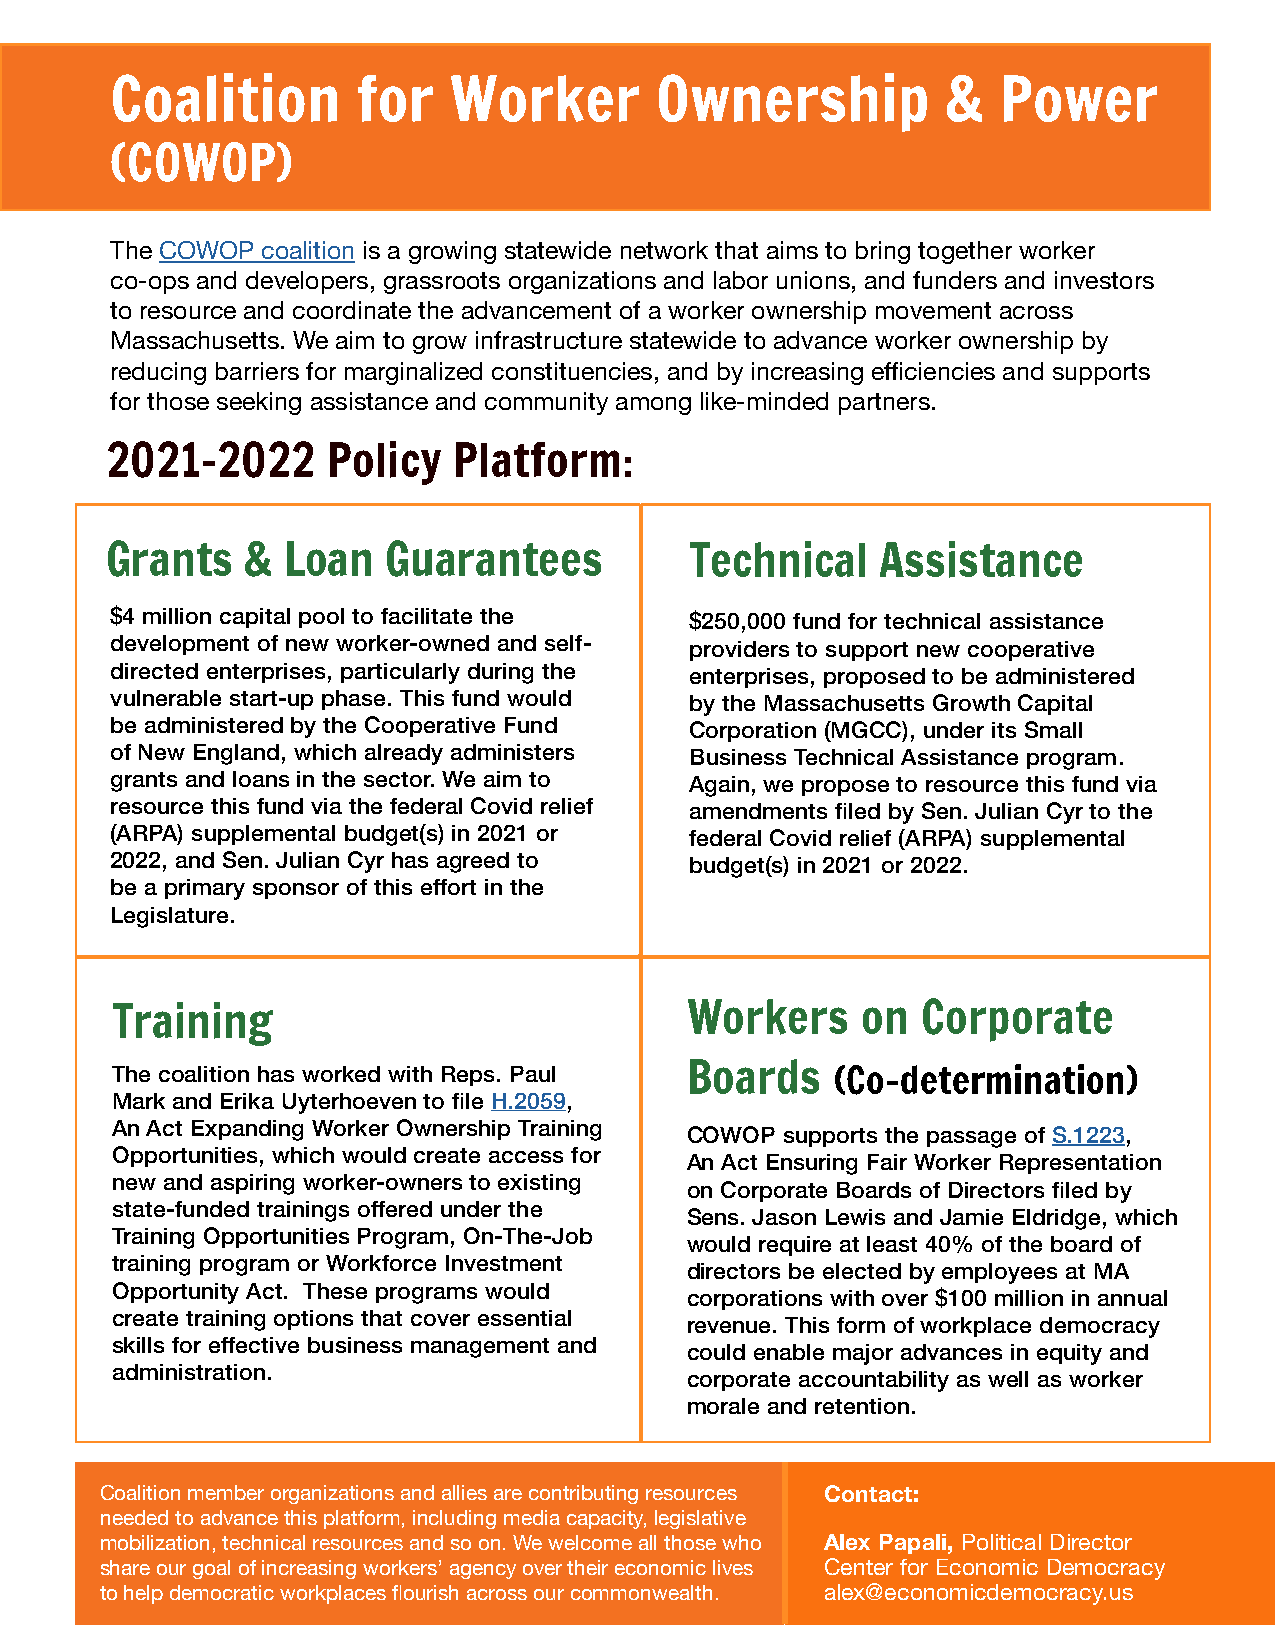
Coalition        for   Worker       Ownership           &  Power
 (COWOP)
 The COWOP coalition is a growing statewide network that aims to bring together worker
 co-ops and developers, grassroots organizations and labor unions, and funders and investors
 to resource and coordinate the advancement of a worker ownership movement across
 Massachusetts. We aim to grow infrastructure statewide to advance worker ownership by
 reducing barriers for marginalized constituencies, and by increasing efficiencies and supports
 for those seeking assistance and community among like-minded partners.
 2021-2022      Policy  Platform:
 Grants   &  Loan   Guarantees          Technical   Assistance
 $4 million capital pool to facilitate the $250,000 fund for technical assistance
 development of new worker-owned and self- providers to support new cooperative
 directed enterprises, particularly during the enterprises, proposed to be administered
 vulnerable start-up phase. This fund would by the Massachusetts Growth Capital
 be administered by the Cooperative Fund Corporation (MGCC), under its Small
 of New England, which already administers Business Technical Assistance program.
 grants and loans in the sector. We aim to Again, we propose to resource this fund via
 resource this fund via the federal Covid relief amendments filed by Sen. Julian Cyr to the
 (ARPA) supplemental budget(s) in 2021 or federal Covid relief (ARPA) supplemental
 2022, and Sen. Julian Cyr has agreed to budget(s) in 2021 or 2022.
 be a primary sponsor of this effort in the
 Legislature.
 Training                              Workers     on  Corporate
 The coalition has worked with Reps. Paul Boards (Co-determination)
 Mark and Erika Uyterhoeven to file H.2059,
 An Act Expanding Worker Ownership Training
 COWOP  supports the passage of S.1223,
 Opportunities, which would create access for
 An Act Ensuring Fair Worker Representation
 new and aspiring worker-owners to existing
 on Corporate Boards of Directors filed by
 state-funded trainings offered under the
 Sens. Jason Lewis and Jamie Eldridge, which
 Training Opportunities Program, On-The-Job
 would require at least 40% of the board of
 training program or Workforce Investment
 directors be elected by employees at MA
 Opportunity Act. These programs would
 corporations with over $100 million in annual
 create training options that cover essential
 revenue. This form of workplace democracy
 skills for effective business management and
 could enable major advances in equity and
 administration.
 corporate accountability as well as worker
 morale and retention.
 Coalition member organizations and allies are contributing resources Contact:
 needed to advance this platform, including media capacity, legislative
 mobilization, technical resources and so on. We welcome all those who Alex Papali, Political Director
 share our goal of increasing workers’ agency over their economic lives Center for Economic Democracy
 to help democratic workplaces flourish across our commonwealth. alex@economicdemocracy.us